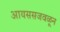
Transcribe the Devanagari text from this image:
आयससजवळून